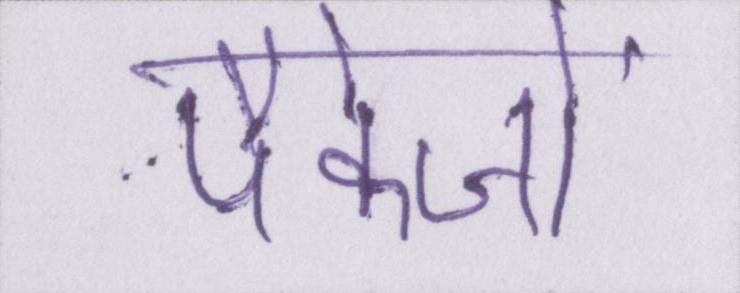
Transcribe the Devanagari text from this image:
पैकेजों